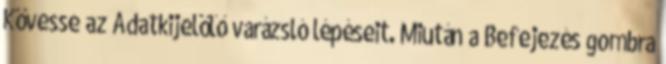
Kövesse az Adatkijelölő varázsló lépéseit. Miután a Befejezés gombra